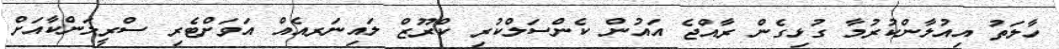
ހާލަތު އިއުލާންކުރުމާ ގުޅިގެން ރާއްޖެ އައުން ކެންސަލްކުރި ކްރޫޒް ލައިނަރއެއް އަވަށްޓެރި ސްރީލަންކާއަށް